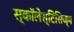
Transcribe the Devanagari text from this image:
स्कॉलेस्टिसिज्म